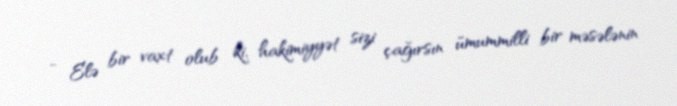
- Elə bir vaxt olub ki, hakimiyyət sizi çağırsın ümummilli bir məsələnin